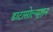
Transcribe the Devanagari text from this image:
डाटासोल्यूशन